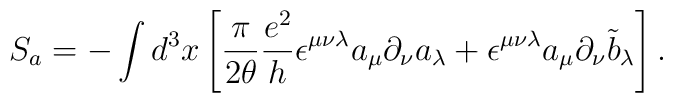
S_a = -\int d^3x\left[\frac{\pi}{2\theta}\frac{e^2}{h}\epsilon^{\mu\nu\lambda}a_\mu\partial_\nu a_\lambda +\epsilon^{\mu\nu\lambda}a_\mu\partial_\nu {\tilde b}_\lambda\right].